Civil Veterinary Dept. Bombay admin report 1907-1913 - 1907-1913
Year: 1907
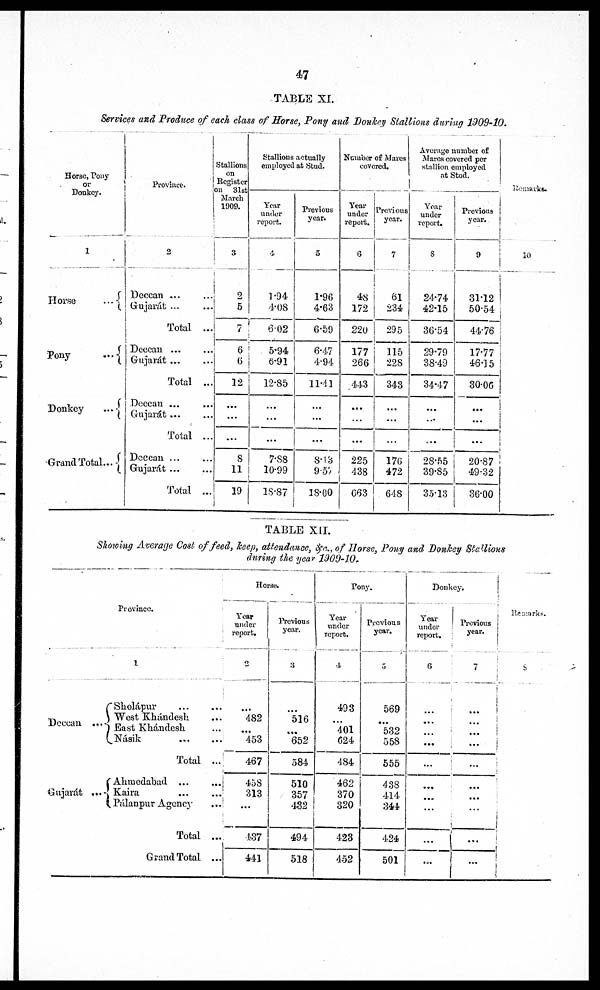
47
TABLE XI.
Services
and Produce
of each class
of Horse, Pony and
Donkey
Stallions
during
1909-10.
Horse, Pony
or
Donkey.
1
Horse
...
Pony
...
Donkey
...
Grand Total...
Province.
3
Deccan ... ...
Gujarat
...
...
Total
...
Deccan ... ...
Gujarát ... ...
Total
...
Deccan ... ...
Gujarát ... ...
Total
...
Deccan
...
...
Gujarát...
...
Total
...
Stallions
on
Register
on
81st
March
1909.
3
2
5
7
6
6
12
...
...
...
8
11
19
Stallions actually
employed at Stud.
Year
under
report.
4
1.94
4.08
602
5.94
6.91
12.85
...
...
7.88
10.99
18.87
Previous
year.
6
1.96
4.63
6.59
6.47
4.94
11.41
...
...
...
8.13
9.57
18.00
Number of Mares
covered.
Year
under
report.
6
48
172
220
177
266
443
...
...
...
225
438
063
Previous
year.
7
61
234
295
115
228
343
...
...
17G
472
648
Average number of
Mares covered per
stallion employed
at Stud.
Year
under
report.
8
24.74
42.15
36.54
29.79
38.49
34.47
...
...
28.55
39.85
3513
Previous
year.
9
31.12
50.54
44.76
17.77
46.15
80.06
...
...
...
20.87
49.32
36.00
Remarks
10
...
...
...
TABLE
XII.
Showing
Average
Cost of feed,
keep, attendance,
&c.,
of Horse,
Pony
and Donkey
Stallions
during
the year
1909-10,
Deccan ...
Gujarát ...
Province.
1
Sholápur ... ...
West Khándesh ...
East Khándesh ...
Násik
...
...
Total
...
Ahmedabad
...
...
Kaira
...
...
Pálanpur Agency ...
Total
...
Grand Total
...
Horse.
Year
under
report.
2
482
...
453
467
458
313
...
437
441
Previous
year.
3
516
652
584
510
357
482
494
518
Pony.
Year
under
report.
4
493
401
624
484
462
370
320
423
452
Previous
year.
5
569
532
558
555
438
414
344
424
501
Donkey.
Year
under
report.
6
...
...
...
...
...
...
...
Previous
year.
7
...
...
...
...
...
...
...
...
Remarks
8